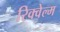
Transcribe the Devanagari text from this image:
रिक्वेल्म